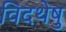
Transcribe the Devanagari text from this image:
विदथेषु